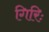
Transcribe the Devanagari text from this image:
गिरिः